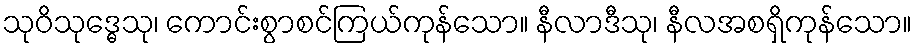
သုဝိသုဒ္ဓေသု၊ ကောင်းစွာစင်ကြယ်ကုန်သော။ နီလာဒီသု၊ နီလအစရှိကုန်သော။